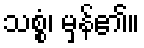
သစ္စံ၊ မှန်၏။